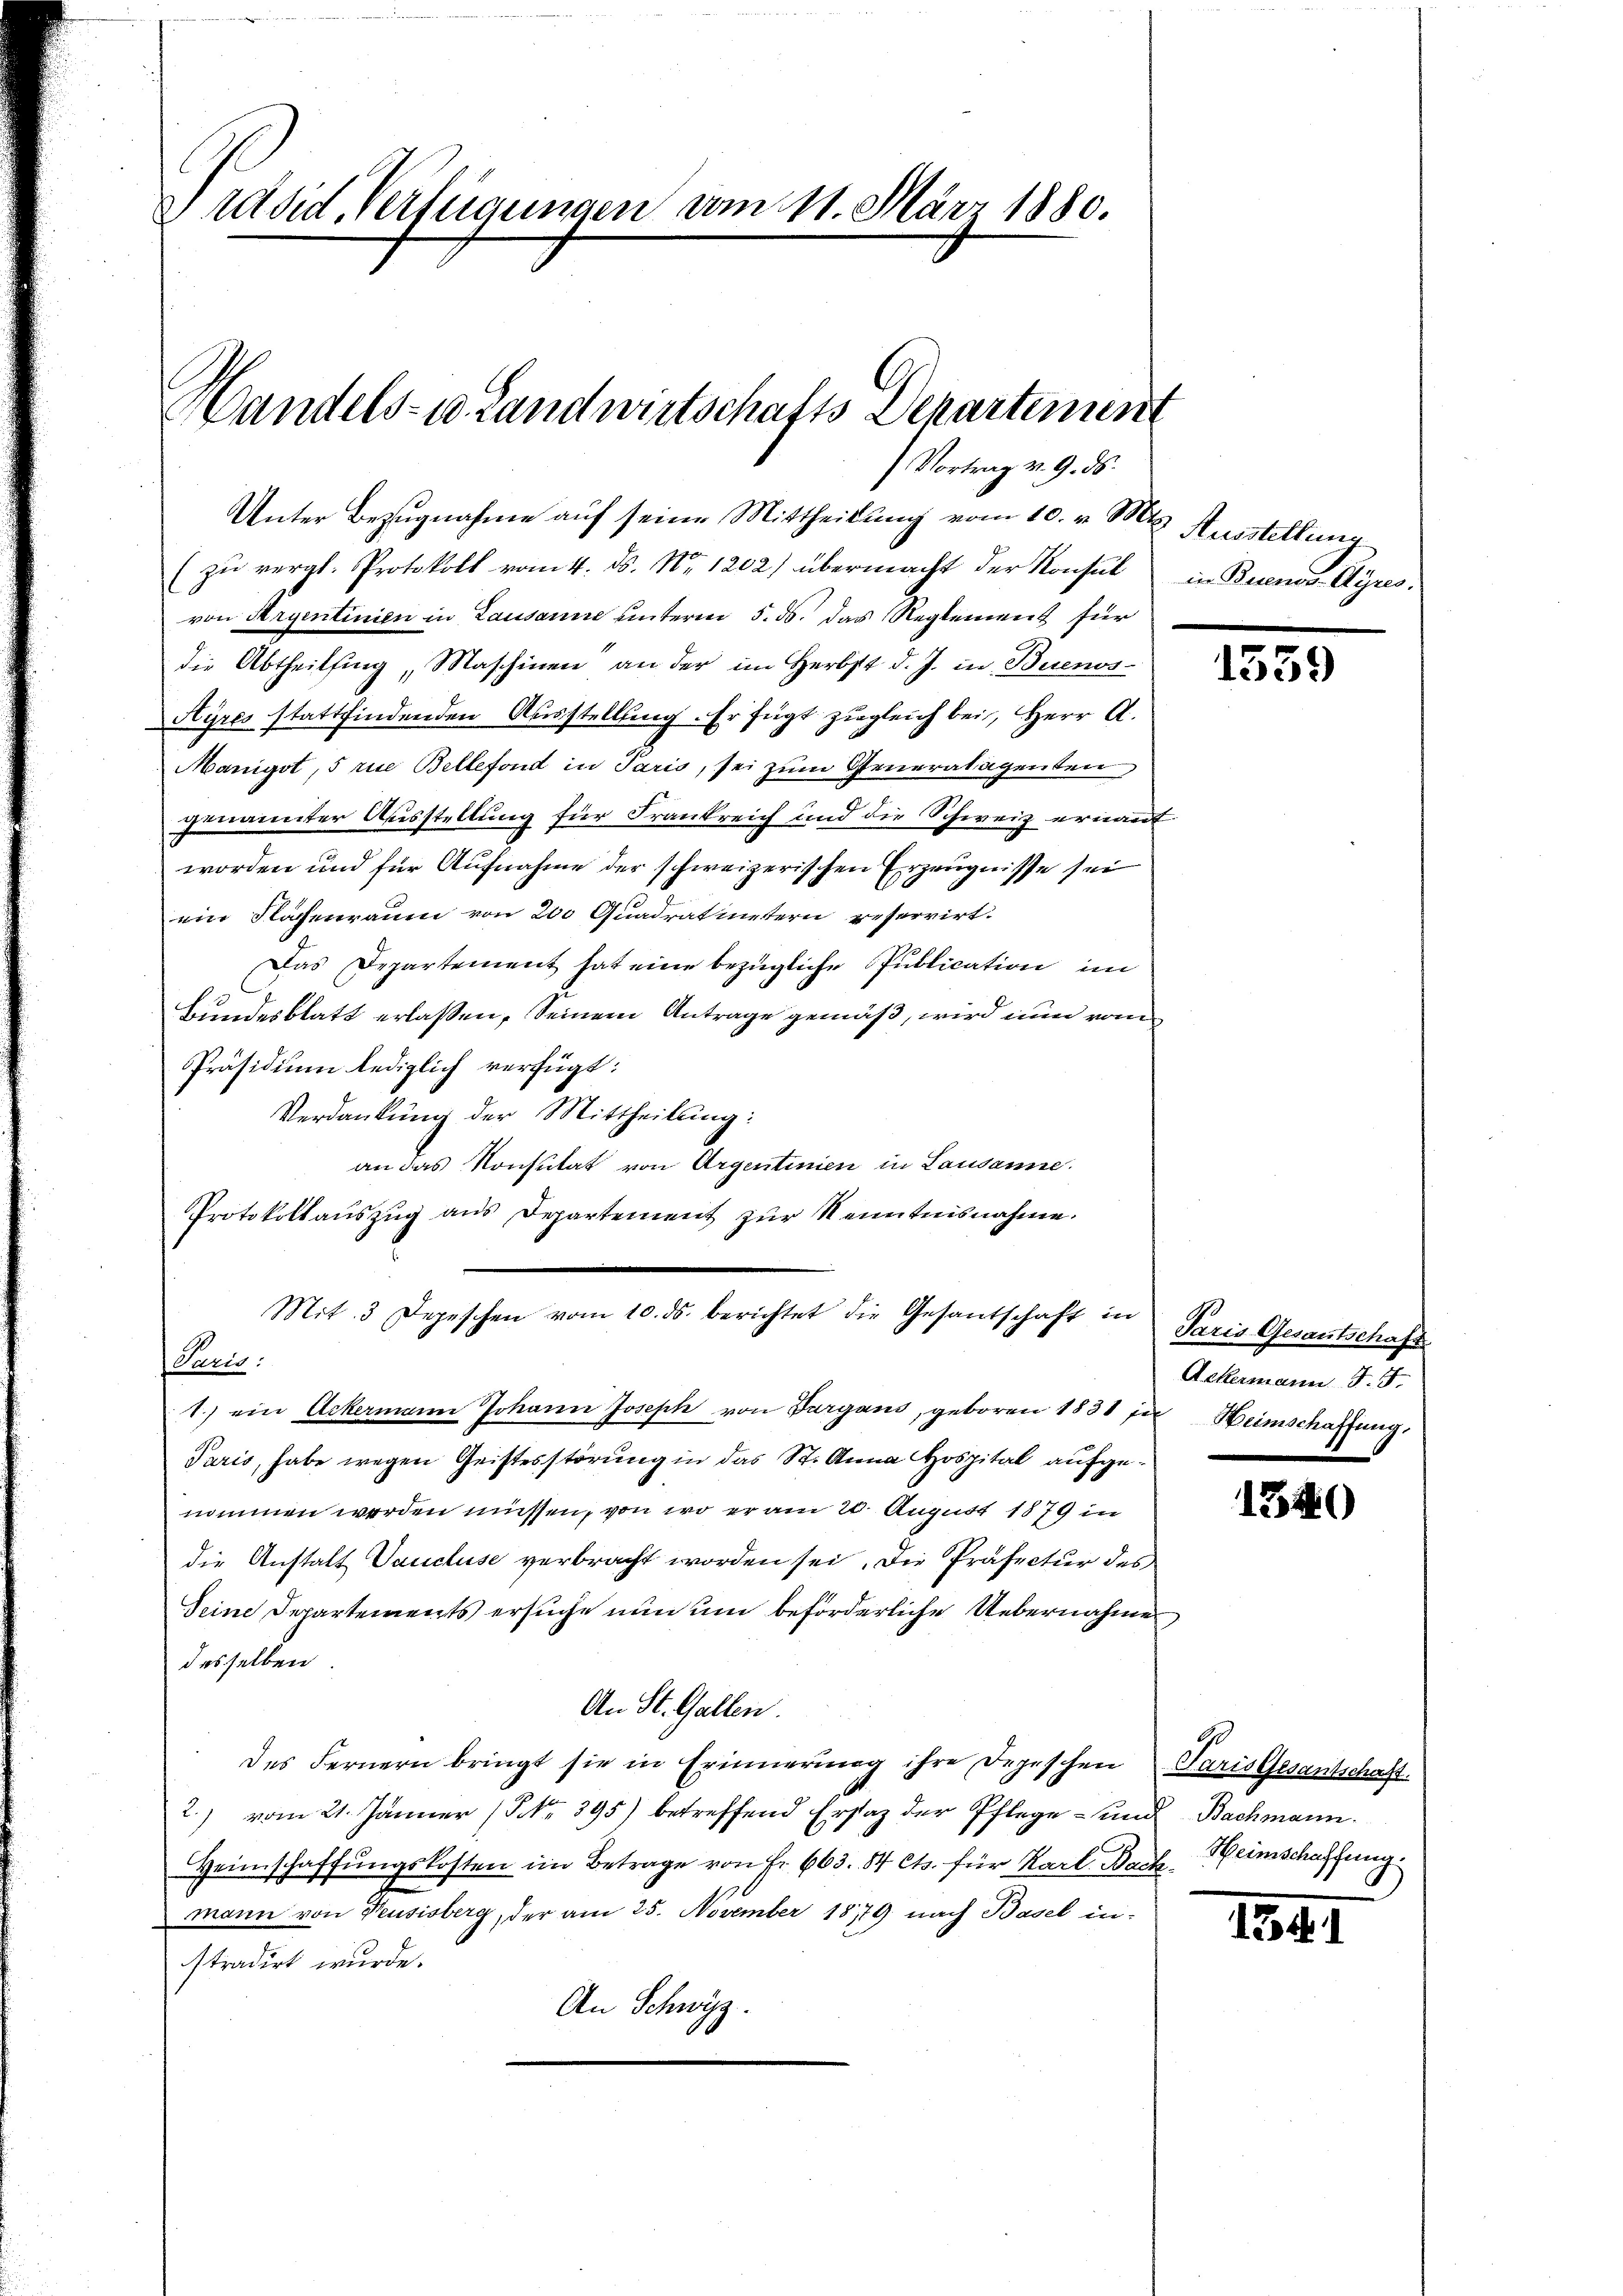
Präsid. Verfügungen vom 11. März 1880.

Gandels- u. Landwirtschafts Departement

Vortrag v. 9. ds.

Unter Bezugnahme auf seine Mittheilung vom 10. v. Mts. Ausstellung
(zŭ vergl. Protokoll vom 4. ds. No. 1202) übermacht der Konsul in Buenos-Ayres
von Aryentinien in Lausanne unterm 5. ds. das Reglement für
die Abtheilsing, Maschinen an der im Herbst d. J. in Buenos-
Ayres stattfindenden Ausstellung. Er fügt zugleich bei, Herr A.
Manigst, 5 rue Bellefond in Paris, sei zum Generalagenten
genannter Ausstellung für Frankreich und die Schweiz ernannt
worden und für Aufnahme der schweizerischen Erzeugnisse sei
ein Flächeraum von 200 Quadratmetern reservirt.
Das Departement hat eine bezügliche Publication im
Bundesblatt erlassen, seinem Antrage gemäß, wird nun vom
Präsidium lediglich verfügt:
Verdankung der Mittheilung:
an das Konsulat von Argentinien in Lausanne.
Protokollaŭszŭg aŭs Departement zŭr Kenntnisnahme.
Mit. 3 Depeschen vom 10. ds. berichtet die Gesantschaft in Paris Gesantschaft
Parts:
1.) ein Ackermann Johann Joseph von Sargans, geboren 1831 in Heimschaffung.
Paris, habe wegen Geistesstörung in das St. Anna Hospital aufgenommen werden müssen, von wo er am 20. August 1879 in
die Anstalt Vaucluse verbracht worden sei. Die Präfectur des
Seine Departements ersuche nun um beförderliche Uebernahme
desselben
An St. Gallen.
des Fernern bringt sie in Erinnerung ihre Depeschen Paris Gesantschaft.
2.) vom 21. Jänner (NNo. 395) betreffend Ersatz der Pflege - und Bachmann.
Heimschaffungskosten im Betrage von Fr. 663. 84 Cts. für Karl Bach Heimschaffung
mann von Feusisberg, der am 25. November 1879 nach Basel instradirt wurde.
An Schwyz.

1539

Ackermann J. J.

1340

1341